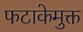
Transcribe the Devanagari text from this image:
फटाकेमुक्त